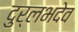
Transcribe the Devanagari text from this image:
दुर्लभदेव